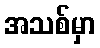
အသစ်မှာ